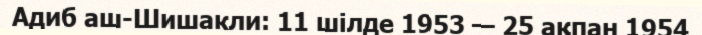
Адиб аш-Шишакли: 11 шілде 1953 — 25 ақпан 1954